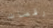
رقصات